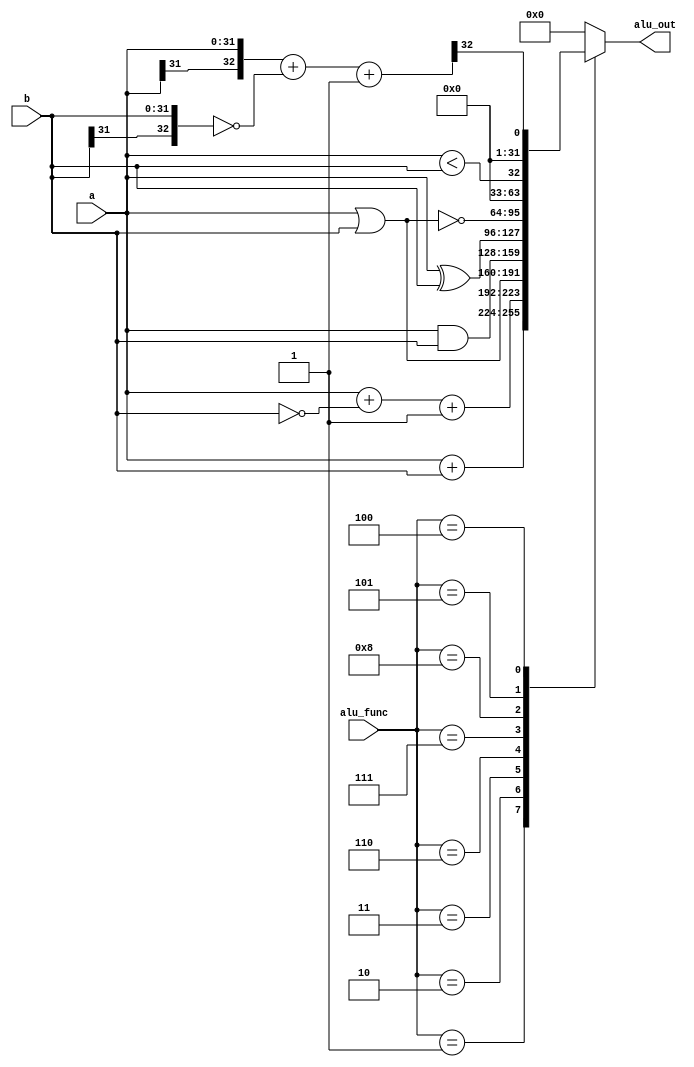
module alu (input [31:0] a,b,
		     output reg [31:0] alu_out,
		     input [3:0]	alu_func);

parameter   [3:0] ALU_NOTHING		 	   =4'b0000,
			      ALU_ADD     			   =4'b0001,
				ALU_SUBTRACT  		   =4'b0010,
			      ALU_LESS_THAN_UNSIGNED =4'b0101, //Jul.5.2004
				ALU_LESS_THAN_SIGNED     =4'b0100, //Jul.5.2004
				ALU_OR  				   =4'b0011,
			      ALU_AND 				   =4'b0110,
				ALU_XOR 				   =4'b0111,
				ALU_NOR 				   =4'b1000;
  
        reg [32:0] sum;

        always @* begin //
                case (alu_func)
                        ALU_NOTHING    : alu_out=32'h0000;
                        ALU_ADD        : alu_out=a+b;
                        ALU_SUBTRACT   : alu_out=a+~b+1'b1;//a-b;
                        ALU_OR         : alu_out=a | b;
                        ALU_AND        : alu_out=a & b;
                        ALU_XOR        : alu_out=a ^ b;
                        ALU_NOR        : alu_out=~(a | b);
                        ALU_LESS_THAN_UNSIGNED : alu_out=a < b;//Jun.29.2004
                        ALU_LESS_THAN_SIGNED: begin 
                                                 sum={a[31],a}+~{b[31],b}+1'b1;//a-b                                                                      $signed(a) > $signed(b);
                                                 alu_out={31'h0000_0000,sum[32]}; 
                                               end                      
                        default : alu_out=32'h0000_0000;


                endcase
        end
endmodule